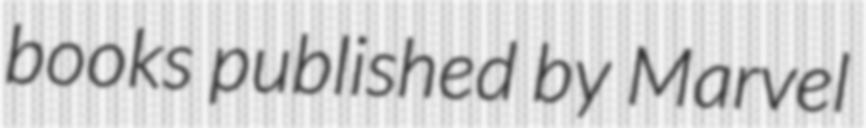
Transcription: books published by Marvel